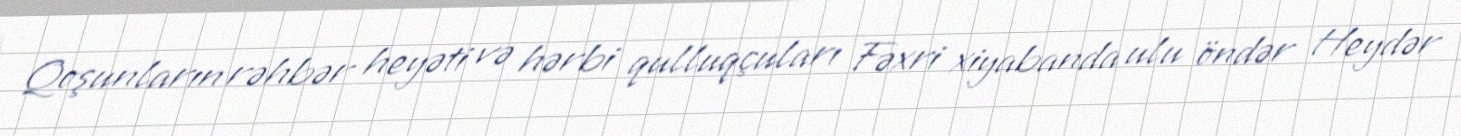
Qoşunların rəhbər heyəti və hərbi qulluqçuları Fəxri xiyabanda ulu öndər Heydər